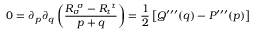
0 = \partial _ { p } \partial _ { q } \left( { \frac { R _ { \sigma } ^ { \ \sigma } - R _ { \tau } ^ { \ \tau } } { p + q } } \right) = { \frac { 1 } { 2 } } \left[ Q ^ { \prime \prime \prime } ( q ) - P ^ { \prime \prime \prime } ( p ) \right]